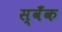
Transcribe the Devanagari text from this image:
स्वँक